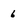
Character: 6